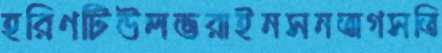
হরিণটিউলভরাইনসনতাগসতি